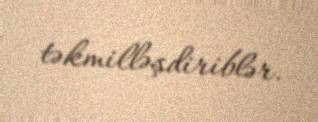
təkmilləşdiriblər.